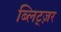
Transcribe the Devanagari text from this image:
ब्लिट्ज़र